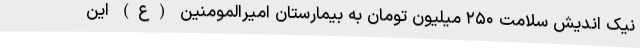
نیک اندیش سلامت ۲۵۰ میلیون تومان به بیمارستان امیرالمومنین (ع) این